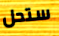
ستحل